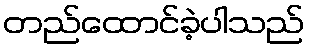
တည်ထောင်ခဲ့ပါသည်